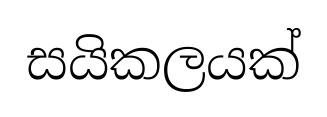
සයිකලයක්